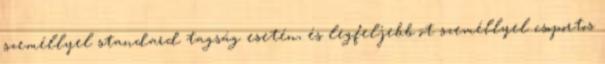
személlyel standard tagság esetén, és legfeljebb öt személlyel csoportos